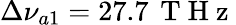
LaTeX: \Delta\nu_{a1}=27.7\, \mathrm{~T~H~z~}